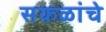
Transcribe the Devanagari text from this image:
सकळांचे